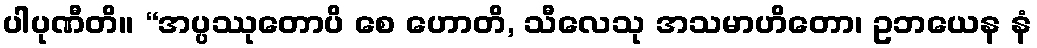
ပါပုဏီတိ။ “အပ္ပဿုတောပိ စေ ဟောတိ, သီလေသု အသမာဟိတော၊ ဥဘယေန နံ